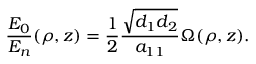
\frac { E _ { 0 } } { E _ { n } } ( \boldsymbol { \rho } , z ) = \frac { 1 } { 2 } \frac { \sqrt { d _ { 1 } d _ { 2 } } } { a _ { 1 1 } } \Omega ( \boldsymbol { \rho } , z ) .